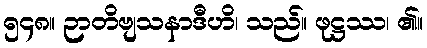
၅၄၈။ ဉာတိဗျသနာဒီဟိ၊ သည်။ ဖုဋ္ဌဿ၊ ၏။